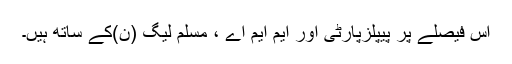
اس فیصلے پر پیپلزپارٹی اور ایم ایم اے ، مسلم لیگ (ن)کے ساتھ ہیں۔